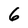
Character: 6